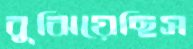
বুঝিয়েছিস